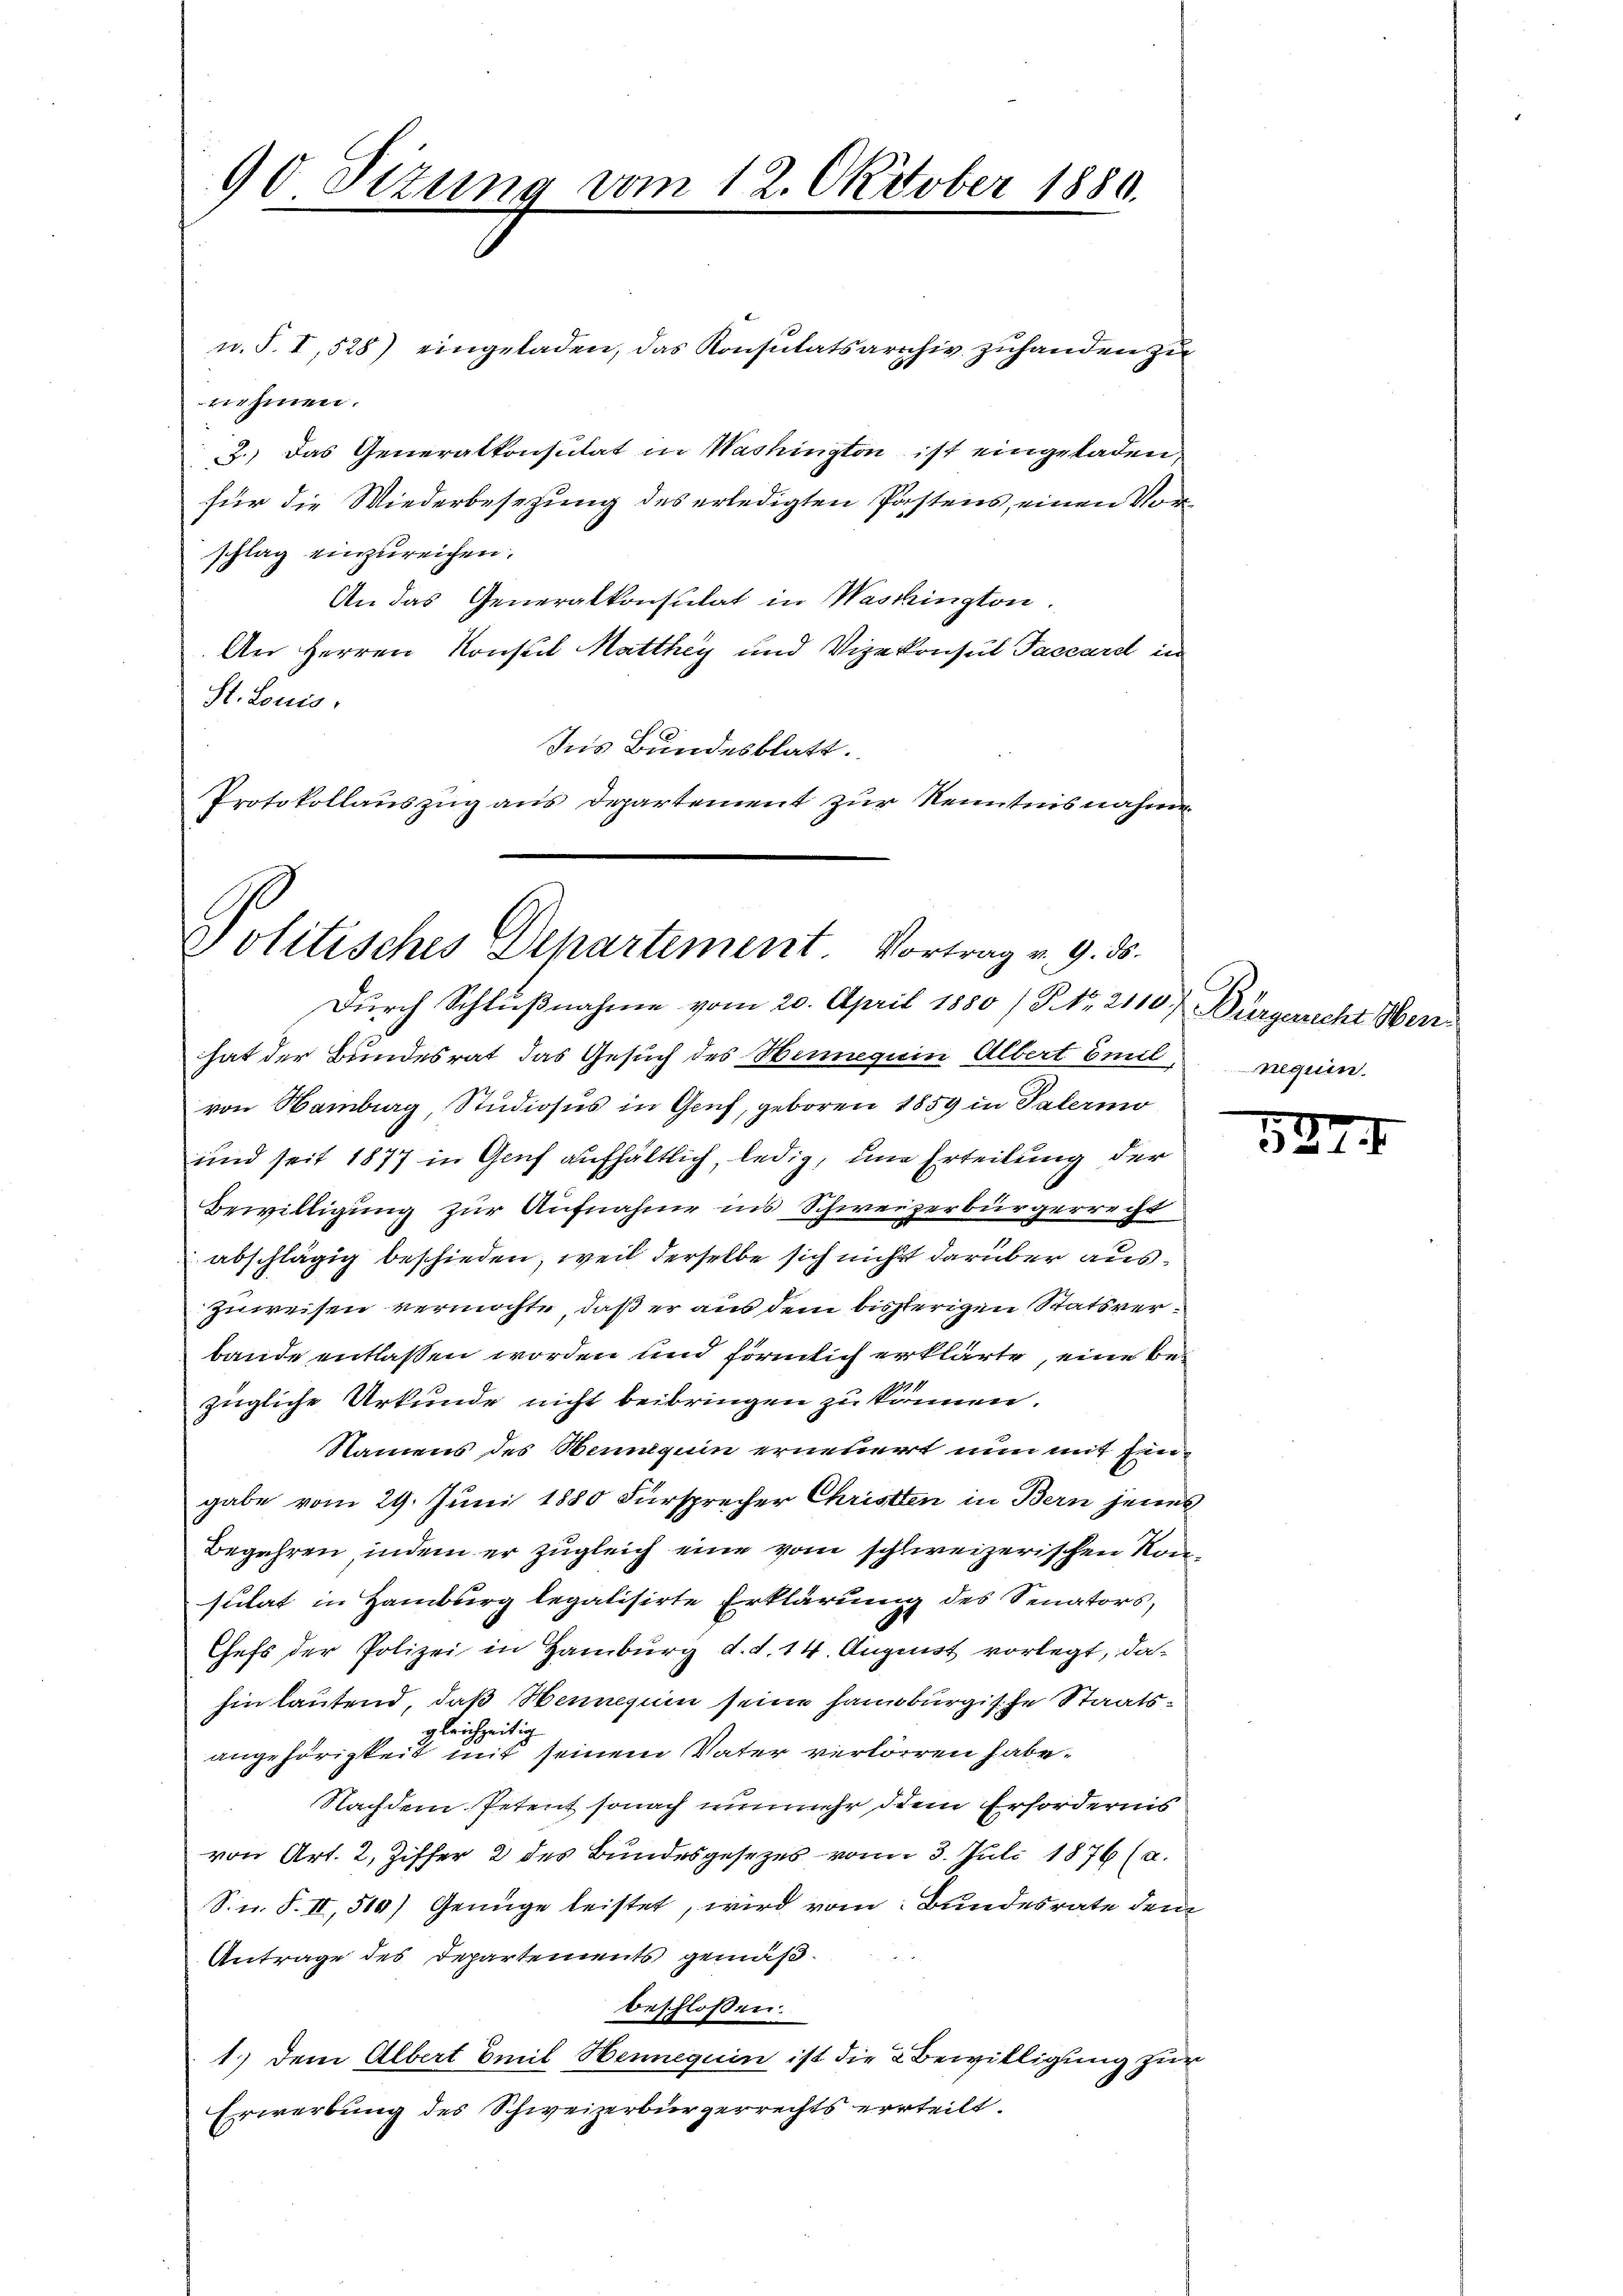
90 Sizung vom 12. Oktober 1889.

n. S. I, 528) eingeladen, das Konsulatsarchiv zuhanden zu
nehmen.
2.) Das Generalkonsulat in Washington ist eingeladen,
für die Wiederbesezung des erledigten Postens, einen Vorschlag einzureichen.
An das Generalkonsulat in Washington.
An Herren Konsul Matthey und Vizekonsul Taccard in
St. Louis,
Ins Bundesblatt.
Protokollauszug aus Departement zur Kenntnisnahme

Politisches Departement. Vortrag v. 9. ds.

Durch Schlußnahme vom 20. April 1880 (P. Nr. 2110. Bürgerricht Menhat der Bundesrat das Gesuch des Henneguin Albert Emil
von Hamburg, Studiosus in Genf, geboren 1859 in Palermo
und seit 1877 in Genf aufhältlich, ledig, um Erteilung der
Bewilligung zur Aufnahme ins Schweizerbürgerrecht
abschlägig beschieden, weil derselbe sich nicht darüber auszuweisen vermöchte, daß er aus dem bisherigen Statsverbande entlassen worden und förmlich erklärte, eine bezügliche Urkunde nicht beibringen zu können.
Namens des Hennegum erneuert nun mit Eingabe vom 29. Juni 1880 Fürsprecher Christten in Bern jenes
Begehren, indem er zugleich eine vom schweizerischen Konsulat in Hamburg legalisirte Erklärung des Senators,
Chefs der Polizei in Hamburg d. d. 14. August vorlegt, da
hin lautend, daß Hennegum seine haimburgische Staatsgleichzeitig
angehörigkeit mit seinem Vater verlörren habe.
Nachdem Petent sonach nunmehr dem Erfordernis
von Art. 2, Ziffer 2 des Bundesgesezes vom 3. Juli 1876 (a.
S.n. F. II, 500) Genüge leistet, wird vom Bundesrate dem
Antrage des Departements gemäßbeschlossen:
1.) Dem Albert Emil Henneguin ist die Bewilligung zur
Erwerbung des Schweizerbürgerrechts errteilt.

nequen

10